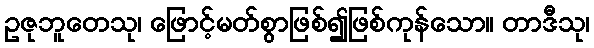
ဥဇုဘူတေသု၊ ဖြောင့်မတ်စွာဖြစ်၍ဖြစ်ကုန်သော။ တာဒီသု၊